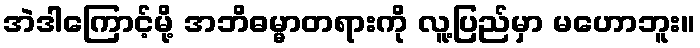
အဲဒါကြောင့်မို့ အဘိဓမ္မာတရားကို လူ့ပြည်မှာ မဟောဘူး။